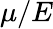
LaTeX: \mu/E